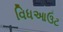
વિધઆઉટ